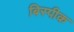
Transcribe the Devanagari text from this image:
बिस्पीक